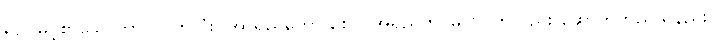
ရှည်မြင့်စွာသောကာလပတ်လုံး။ အာရညကော စေဝ၊ အရညကင်ဓုတင်ကိုလည်း ဆောက်တည်သနည်း။